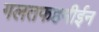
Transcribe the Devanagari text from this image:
गलतफहमीईन